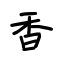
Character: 香